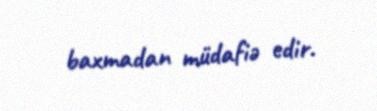
baxmadan müdafiə edir.